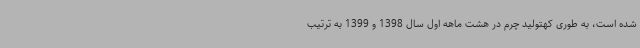
شده است، به طوری کهتولید چرم در هشت ماهه اول سال 1398 و 1399 به ترتیب